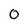
Character: 0